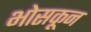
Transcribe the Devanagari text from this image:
भोसकून